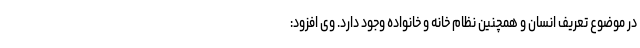
در موضوع تعریف انسان و همچنین نظام خانه و خانواده وجود دارد. وی افزود: